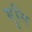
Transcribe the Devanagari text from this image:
गुनि